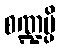
စဏ္ဍမ္ပိ